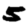
Digit: 5